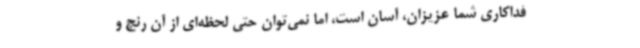
فداکاری شما عزیزان، آسان است، اما نمی‌توان حتی لحظه‌ای از آن رنج و